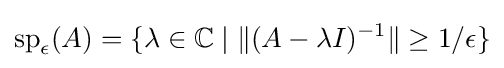
{\text{sp}}_{\epsilon }(A)=\{\lambda \in \mathbb {C} \mid \|(A-\lambda I)^{-1}\|\geq 1/\epsilon \}